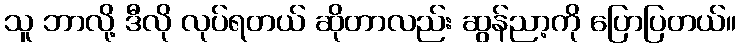
သူ ဘာလို့ ဒီလို လုပ်ရတယ် ဆိုတာလည်း ဆွန်ညာ့ကို ပြောပြတယ်။